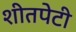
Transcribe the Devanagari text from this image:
शीतपेटी